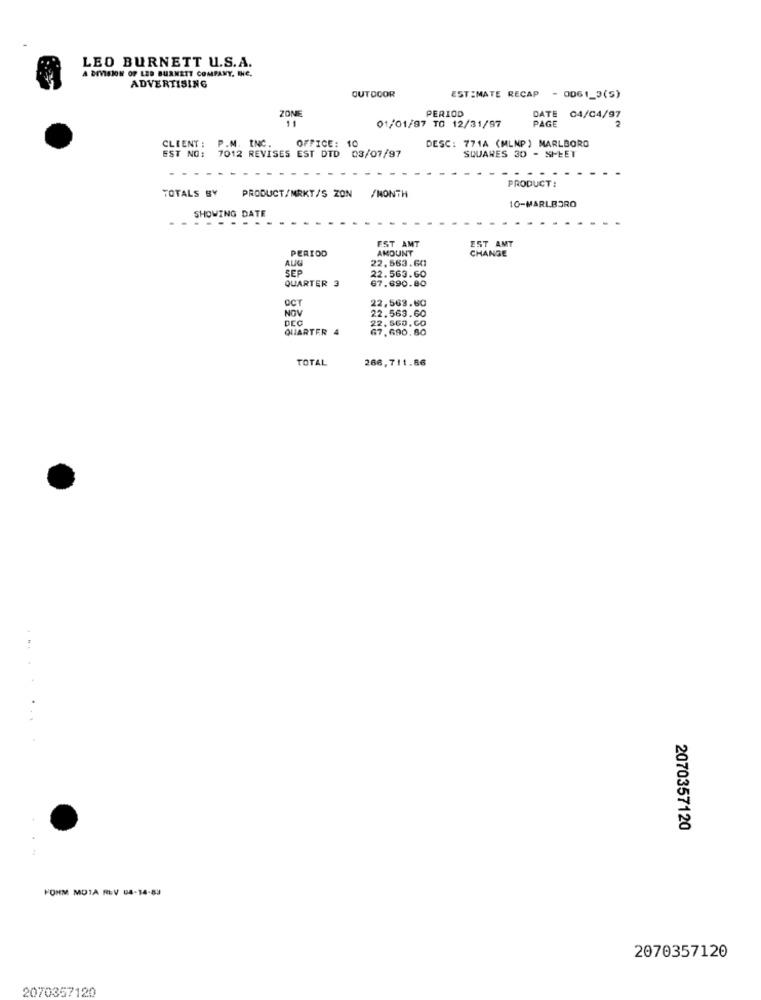
LEO BURNETT U.S.A.
A DIVISION OF LED BURNETT COMPANY, INC.
ADVERTISING
ESTIMATE RECAP
OUTDOOR
- 0061_3(5)
PERIOD
ZONE
11
PAGE
DATE
04/04/97
01/01/97 TO 12/31/97
CLIENT: P.M. INC.
OFFICE: 10
DESC: 771A (MLNP) MARLBORO
EST NO: 7012 REVISES EST DTD 03/07/97
SQUARES 30 - SHEET
PRODUCT:
TOTALS BY
PRODUCT/MRKT/S ZON /MONTH
10-MARLBORO
SHOWING DATE
EST AMT
PERIOD
AMOUNT
CHANGE
22. 563.601
AUG
SEP
QUARTER 3
22.563.60
67.690.80
OCT
22,563.60
NOW
22.563.60
DCC
QUARTER 4
22, 560, CO
67.690.80
TOTAL
266,711.86
. ..
2070357120
FORM MOTA REV 04-14-83
2070357120
2070357120